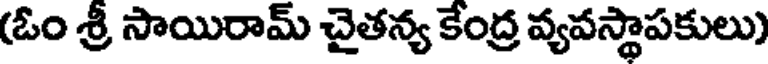
(ఓం శ్రీ సాయిరామ్ చైతన్య కేంద్ర వ్యవస్థాపకులు)